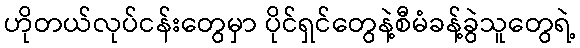
ဟိုတယ်လုပ်ငန်းတွေမှာ ပိုင်ရှင်တွေနဲ့စီမံခန့်ခွဲသူတွေရဲ့